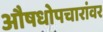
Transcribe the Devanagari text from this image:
औषधोपचारांवर